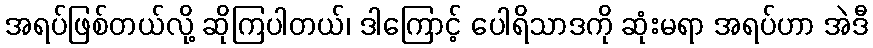
အရပ်ဖြစ်တယ်လို့ ဆိုကြပါတယ်၊ ဒါကြောင့် ပေါရိသာဒကို ဆုံးမရာ အရပ်ဟာ အဲဒီ